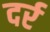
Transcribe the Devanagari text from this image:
दर्र